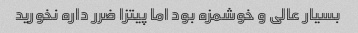
بسیار عالی و خوشمزه بود اما پیتزا ضرر داره نخورید